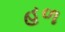
હળ